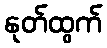
နုတ်ထွက်